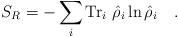
LaTeX: \begin{align*}S_R=-\sum_i\mbox{Tr}_i~\hat{\rho}_i\ln\hat{\rho}_i~~~.\end{align*}